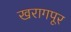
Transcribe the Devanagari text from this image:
खरागपूर